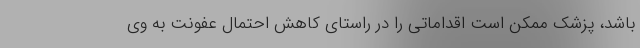
باشد، پزشک ممکن است اقداماتی را در راستای کاهش احتمال عفونت به وی